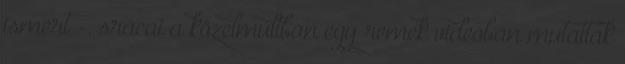
ismert -, srácai a közelmúltban egy remek videóban mutattak